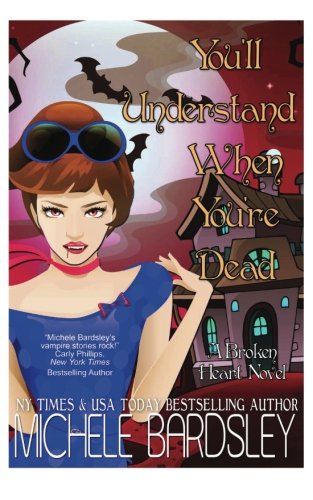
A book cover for You'll Understand When You're Dead (The Broken Heart Paranormal Romance Series) (Volume 12); Michele Bardsley; Romance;